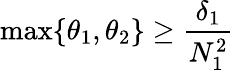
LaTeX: \operatorname*{max}\{ \theta_{1},\theta_{2}\} \geq\frac{\delta_{1}}{N_{1}^{2}}